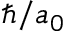
\hbar / a _ { 0 }